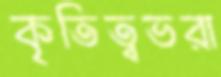
কৃতিত্বভরা